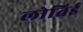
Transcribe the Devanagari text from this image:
लोतिई